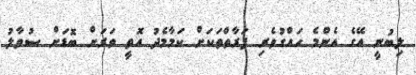
ލިބުނީ އޭގެ އެންމެ ހައްގުވެރި ފަރާތްތަކަށް ކަމާމެދު އޮތީ ވަރަށް ބޮޑަށް ސުވާލު